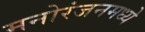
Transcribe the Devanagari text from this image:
मनोरंजनमध्ये